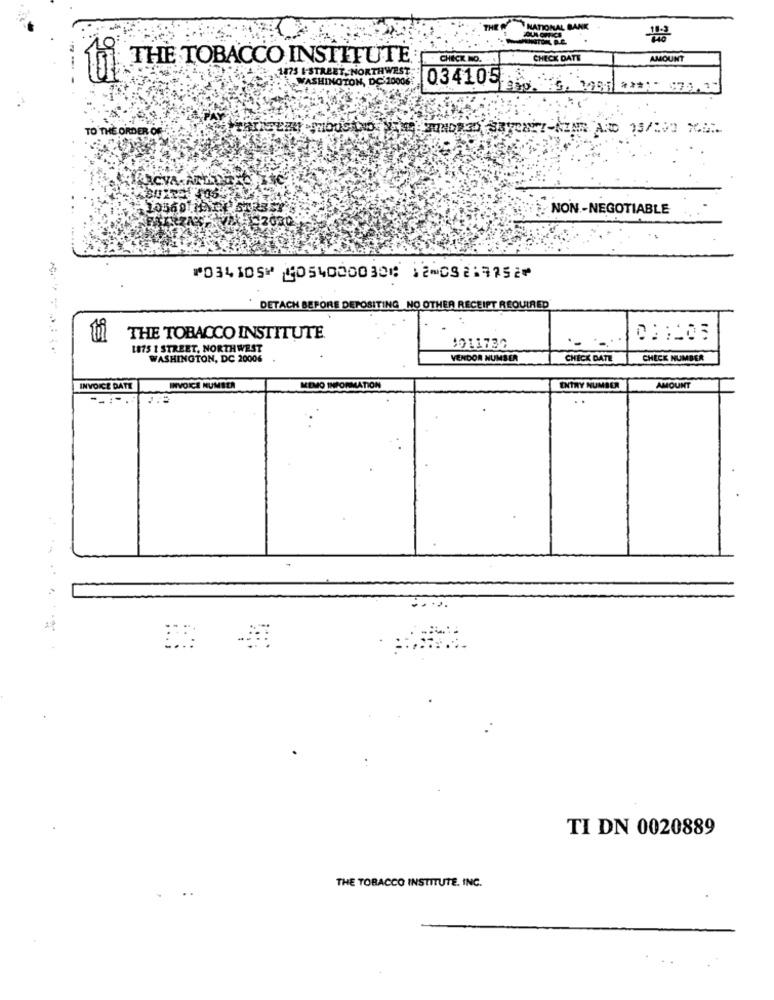
NATIONAL BANK
AUNA OFFICE
THE TOBACCO INSTITUTE
CHECK NO.
CHECK DATE
AMOUNT
1875 E-STREET. NORTHWEST
WASHINGTON, DC 10006
034105
TO THE ORDER OF
. NON-NEGOTIABLE
⑈034105⑈ ⑆054000030⑆ 12⑉08219752⑈
DETACH BEFORE DEPOSITING NO OTHER RECEIPT REQUIRED
THE TOBACCO INSTITUTE
1875 1 STREET, NORTHWEST
1011732
WASHINGTON, DC 20006
VENDOR NUMBER
CHICK DATE
CHECK NUMBER
INVOICE DATE
INVOICE NUMBER
MEMO INFORMATION
ENTRY NUMBER
AMOUNT
--:-.
. .
TI DN 0020889
THE TOBACCO INSTITUTE. INC.